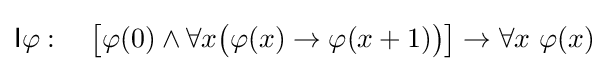
{\mathsf {I}}\varphi :\quad {\big [}\varphi (0)\land \forall x{\big (}\varphi (x)\to \varphi (x+1){\big )}{\big ]}\to \forall x\ \varphi (x)